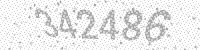
Solution: 342486